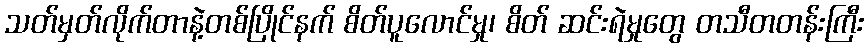
သတ်မှတ်လိုက်တာနဲ့တစ်ပြိုင်နက် စိတ်ပူလောင်မှု၊ စိတ် ဆင်းရဲမှုတွေ တသီတတန်းကြီး